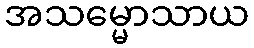
အသမ္မောသာယ